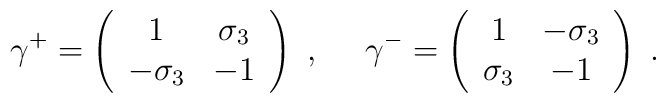
\gamma^+=\left(\begin{array}{cc}                1 & \sigma_3 \\ -\sigma_3 & -1                \end{array}\right)~,~~~~                                 \gamma^-=\left(\begin{array}{cc}                                       1 & -\sigma_3 \\ \sigma_3 & -1                                           \end{array}\right)\;.